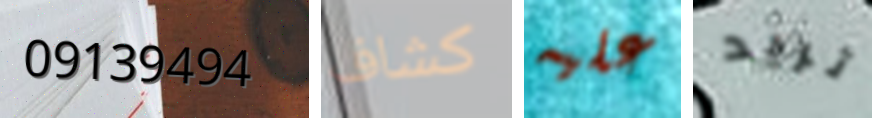
09139494 كشاف عليه تريد